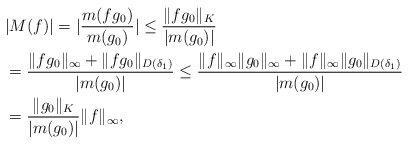
\begin{align*}&|M(f)| = |\frac{m(fg_0)}{m(g_0)}| \leq \frac{\|f g_0\|_K}{|m(g_0)|}\\& = \frac{\|f g_0\|_\infty + \|f g_0\|_{D(\delta_1)}}{|m(g_0)|} \leq \frac{\|f\|_\infty \|g_0\|_\infty + \|f\|_\infty \|g_0\|_{D(\delta_1)}}{|m(g_0)|}\\& = \frac{\|g_0\|_K}{|m(g_0)|} \|f\|_\infty,\end{align*}